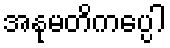
အနုမတိကပ္ပေါ